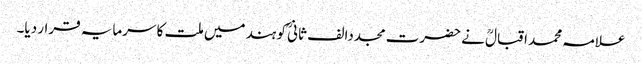
علامہ محمد اقبالؒ نے حضرت مجددا لف ثانیؒ کو ہند میں ملت کا سرمایہ قرار دیا۔